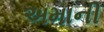
અમાની